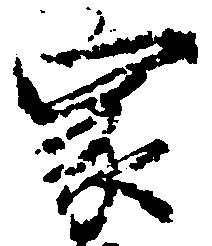
家